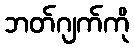
ဘတ်ဂျက်ကို